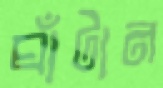
ঘাঁটান